Statistical return of the lunatic asylum in Assam - 1912-1932
Year: 1912
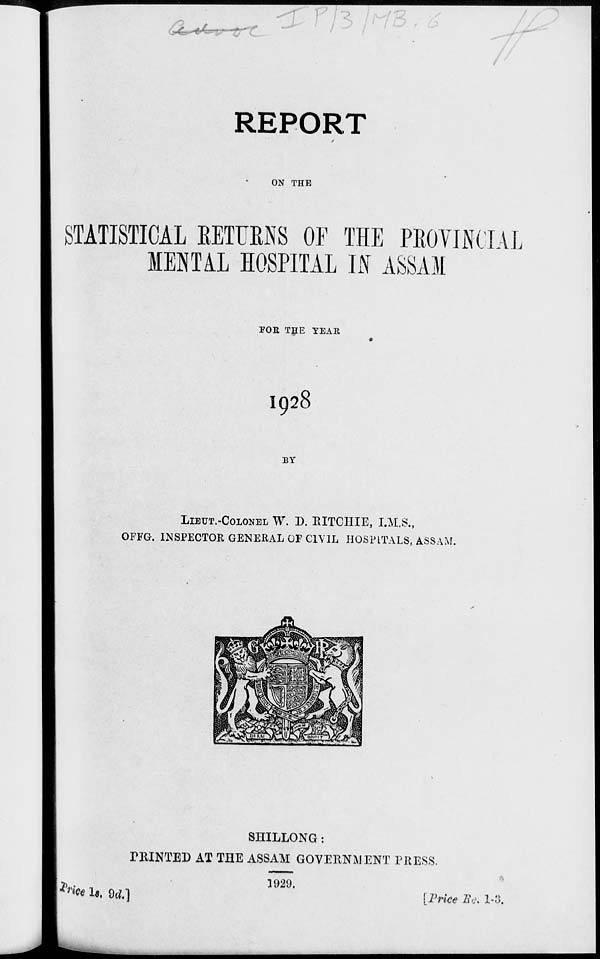
_<£_ ,-^^r
-■--»-* .
/
REPORT
ON THE
STATISTICAL EETUENS OF THE
MENTAL HOSPITAL IN ASSAM
JIAL
FOR THE TEAR
I928
BY
LIBUT.-COLONBL W. D. EITCHIE, I.M.S.,
OFFG. INSPECTOR GENERAL OF CIVIL HOSPITALS, ASSAM.
h *» 1«. 9d]
SHILLONG:
PRINTED AT THE ASSAM GOVERNMENT PRESS.
3929.
[Price lie, 1-3.